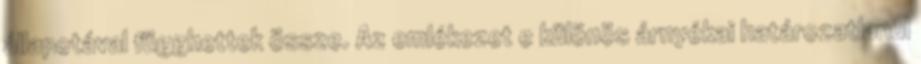
állapotával függhettek össze. Az emlékezet e különös árnyékai határozatlanul